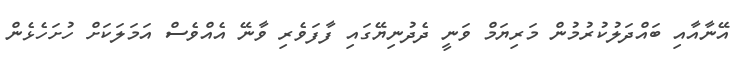
އޭނާއާއި ބައްދަލުކުރުމުން މަރިޔަމް ވަނީ ދެދުނިޔޭގައި ފާފަވެރި ވާނޭ އެއްވެސް އަމަލަކަށް ހުށަހެޅެން